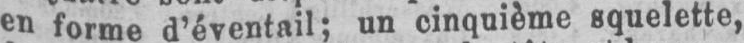
en forme d’éventail; un cinquième squelette,